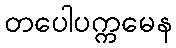
တပေါပက္ကမေန